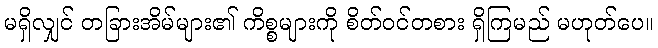
မရှိလျှင် တခြားအိမ်များ၏ ကိစ္စများကို စိတ်ဝင်တစား ရှိကြမည် မဟုတ်ပေ။